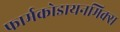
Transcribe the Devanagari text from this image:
फार्मकोडायनमिक्स